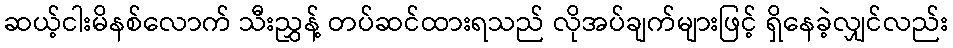
ဆယ့်ငါးမိနစ်လောက် သီးညွှန့် တပ်ဆင်ထားရသည် လိုအပ်ချက်များဖြင့် ရှိနေခဲ့လျှင်လည်း